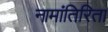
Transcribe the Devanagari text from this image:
नामांतिरिता